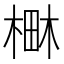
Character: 𣕎